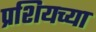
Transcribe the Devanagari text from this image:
प्रशियच्या